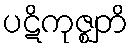
ပဋိကုဇ္ဈတိ